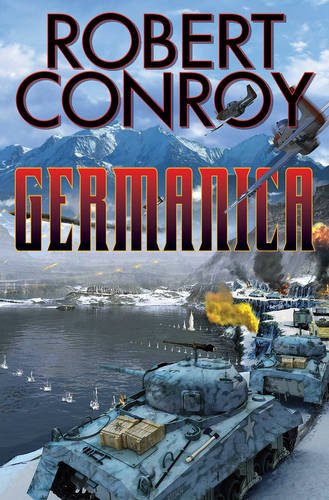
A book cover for Germanica (More...); Robert Conroy; Science Fiction & Fantasy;